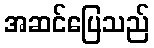
အဆင်ပြေသည်